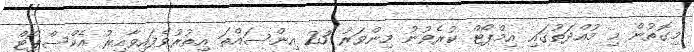
މިގޮތުން މި މުއްދަތުގައި އިމްޕޯޓް ކުރެވުނު މިންވަރު 23 އިންސައްތަ އިތުރުވެފައިވާއިރު އެކްސްޕޯޓް